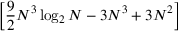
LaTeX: \left[ { \frac { 9 } { 2 } } N ^ { 3 } \log _ { 2 } N - 3 N ^ { 3 } + 3 N ^ { 2 } \right]